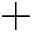
+